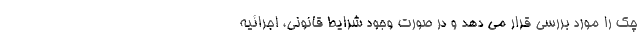
چک را مورد بررسی قرار می دهد و در صورت وجود شرایط قانونی، اجرائیه